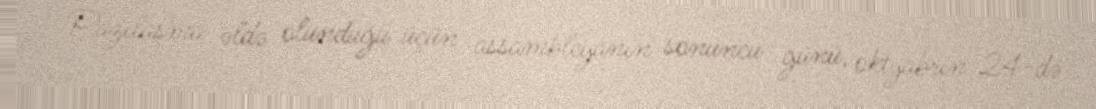
Razılaşma əldə olunduğu üçün assambleyanın sonuncu günü, oktyabrın 24-də